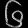
Digit: ၆